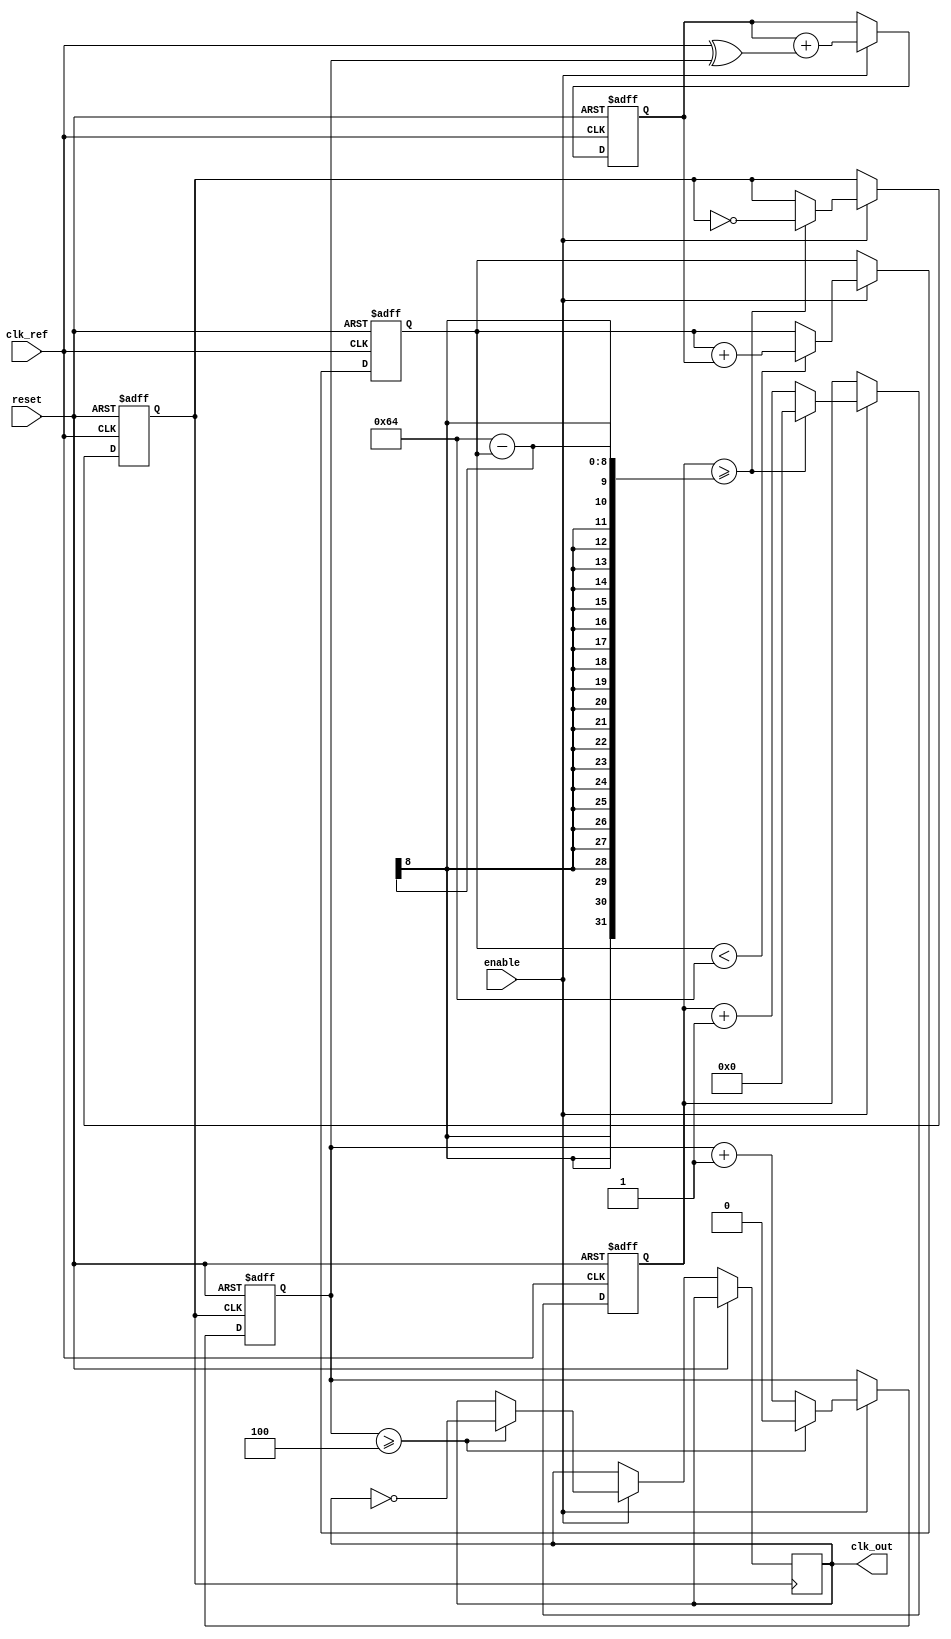
module adpll (
    input wire clk_ref,           // Reference clock input
    input wire reset,             // Reset signal
    input wire enable,            // Enable signal for the ADPLL
    output reg clk_out            // Output clock signal
);

// Parameters for the ADPLL
parameter DIV_FACTOR = 4;       // Frequency divider factor
parameter DLF_SIZE = 8;          // Size of the digital loop filter
parameter VCO_MAX_FREQ = 100;    // Max frequency for the VCO
parameter VCO_MIN_FREQ = 10;      // Min frequency for the VCO

// Internal signals
reg [DLF_SIZE-1:0] dlf;          // Digital loop filter output
reg [7:0] vco_freq;               // VCO frequency control
reg [7:0] vco_counter;            // VCO counter for clock generation
reg clk_vco;                      // VCO output clock
reg clk_feedback;                 // Feedback clock from the frequency divider
wire phase_error;                // Phase error signal

// Phase Detector (PD)
assign phase_error = (clk_ref ^ clk_feedback);

// Digital Loop Filter (DLF)
always @(posedge clk_ref or posedge reset) begin
    if (reset) begin
        dlf <= 0;
    end else if (enable) begin
        // Simple 1st order filter for demonstration
        dlf <= dlf + phase_error;
    end
end

// Frequency Divider
always @(posedge clk_vco or posedge reset) begin
    if (reset) begin
        clk_feedback <= 0;
    end else if (enable) begin
        clk_feedback <= clk_feedback + 1;
        if (clk_feedback >= DIV_FACTOR) begin
            clk_feedback <= 0;
            clk_out <= ~clk_out; // Toggle output clock
        end
    end
end

// Digitally Controlled Oscillator (DCO)
always @(posedge clk_ref or posedge reset) begin
    if (reset) begin
        vco_freq <= VCO_MIN_FREQ; // Start at minimum frequency
        clk_vco <= 0;
        vco_counter <= 0;
    end else if (enable) begin
        // Adjust VCO frequency based on DLF output
        if (vco_freq < VCO_MAX_FREQ) begin
            vco_freq <= vco_freq + dlf[DLF_SIZE-1:0]; // Adjust frequency
        end
        // Generate VCO clock
        vco_counter <= vco_counter + 1;
        if (vco_counter >= (100 - vco_freq)) begin // Simple frequency control
            clk_vco <= ~clk_vco;
            vco_counter <= 0;
        end
    end
end

endmodule